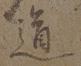
道